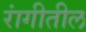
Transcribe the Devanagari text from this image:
रांगीतील